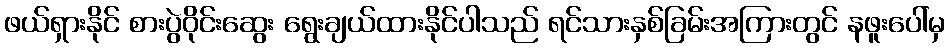
ဖယ်ရှားနိုင် စားပွဲဝိုင်းဆွေး ရွေးချယ်ထားနိုင်ပါသည် ရင်သားနှစ်ခြမ်းအကြားတွင် နဖူးပေါ်မှ